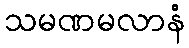
သမဏမလာနံ